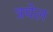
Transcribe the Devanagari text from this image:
त्रचेल